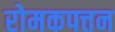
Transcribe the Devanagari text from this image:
रोमकपत्तन